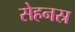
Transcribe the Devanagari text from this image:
सेहनस्र